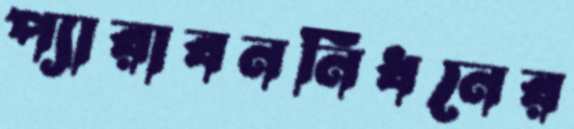
প্যারাবননিধনের